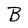
Character: B